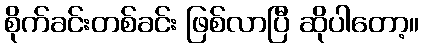
စိုက်ခင်းတစ်ခင်း ဖြစ်လာပြီ ဆိုပါတော့။